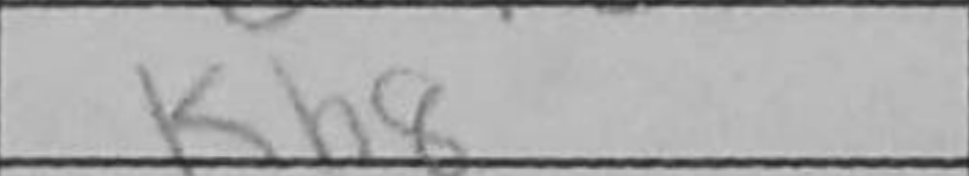
Transcription: Kh8